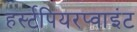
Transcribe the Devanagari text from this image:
हर्स्टपियरप्वाइंट